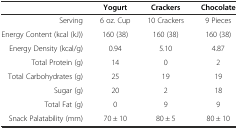
|  | Yogurt | Crackers | Chocolate |
 | --- | --- | --- | --- |
 | Serving | 6 oz. Cup | 10 Crackers | 9 Pieces |
 | Energy Content (kcal (kJ)) | 160 (38) | 160 (38) | 160 (38) |
 | Energy Density (kcal/g) | 0.94 | 5.10 | 4.87 |
 | Total Protein (g) | 14 | 0 | 2 |
 | Total Carbohydrates (g) | 25 | 19 | 19 |
 | Sugar (g) | 20 | 2 | 18 |
 | Total Fat (g) | 0 | 9 | 9 |
 | Snack Palatability (mm) | 70 ± 10 | 80 ± 5 | 80 ± 10 |